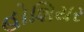
હોશિયર